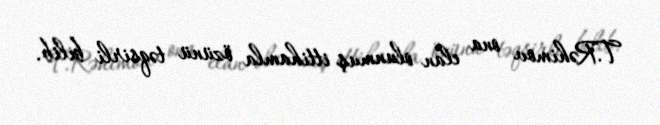
T.Rəhimov ona elan olunmuş ittihamla özünü təqsirli bilib.